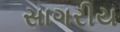
સાગરીય